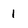
Character: 1